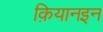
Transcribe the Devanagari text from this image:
क़ियानइन